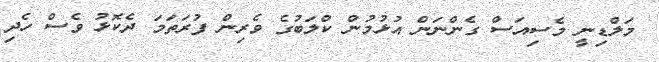
މަލްޑިނީ މެސިއަސް ގެންނަން އުޅުމުން ކްލަބުގެ ވެރިން ފުރަތަމަ ދެކޮޅު ވެސް ހެދި